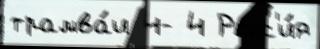
трамва́и 4- 4 Росс'и́я